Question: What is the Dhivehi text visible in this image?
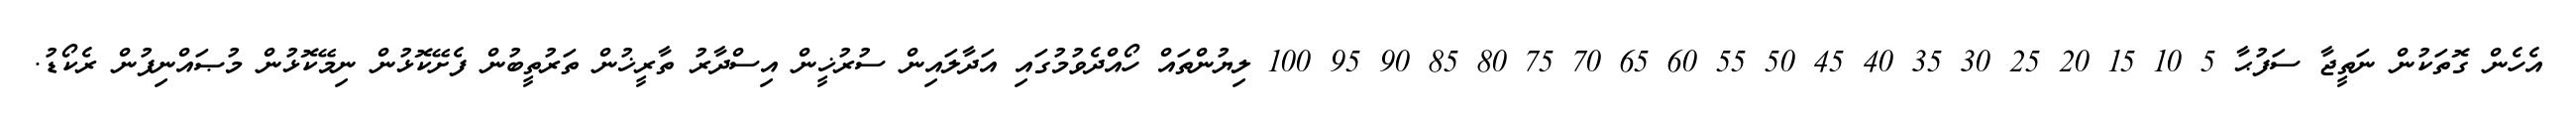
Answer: އެހެން ގޮތަކުން ނަތީޖާ ސަފުޙާ 5 10 15 20 25 30 35 40 45 50 55 60 65 70 75 80 85 90 95 100 ލިޔުންތައް ހޯއްދެވުމުގައި އަދާލައިން ސުރުޚީން އިސްދާރު ތާރީޚުން ތަރުތީބުން ފެށޭކޮޅުން ނިމޭކޮޅުން މުޞައްނިފުން ރެކޯޑު.